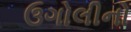
ઉગોલીનો